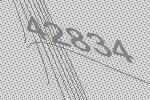
42834